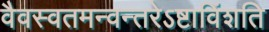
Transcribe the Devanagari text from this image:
वैवस्वतमन्वन्तरेऽष्टाविंशति